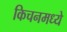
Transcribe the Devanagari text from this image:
किचनमध्ये